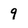
Character: 9